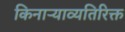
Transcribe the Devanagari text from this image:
किनाऱ्याव्यतिरिक्त